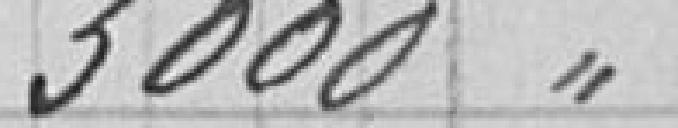
3000